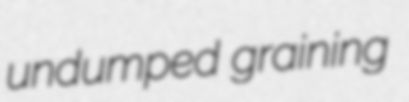
undumped graining